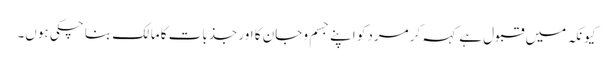
کیونکہ میں قبول ہے کہہ کر مرد کو اپنے جسم و جان کا اور جذبات کا مالک بنا چکی ہوں۔